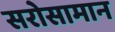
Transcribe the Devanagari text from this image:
सरोसामान